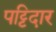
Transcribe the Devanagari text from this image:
पट्टिदार